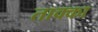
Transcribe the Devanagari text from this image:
ताक्का